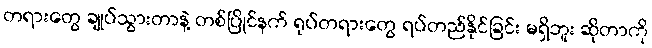
တရားတွေ ချုပ်သွားတာနဲ့ တစ်ပြိုင်နက် ရုပ်တရားတွေ ရပ်တည်နိုင်ခြင်း မရှိဘူး ဆိုတာကို